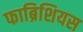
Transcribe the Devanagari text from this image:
फाब्रिशियस